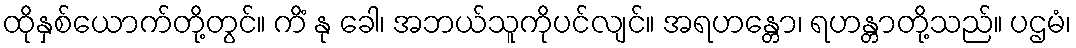
ထိုနှစ်ယောက်တို့တွင်။ ကိံ နု ခေါ၊ အဘယ်သူကိုပင်လျင်။ အရဟန္တော၊ ရဟန္တာတို့သည်။ ပဌမံ၊